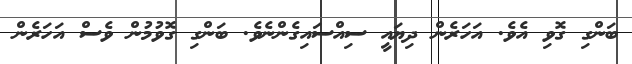
ބަންގި ގޮވި އެވެ. އަހަރެން ދިޔައީ ސިއްސައިގެންނެވެ. ބަންގި ގޮވުމުން ވެސް އަހަރެން